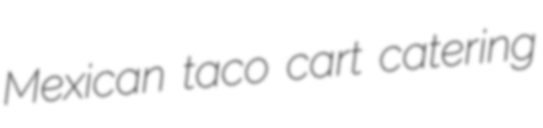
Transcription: Mexican taco cart catering